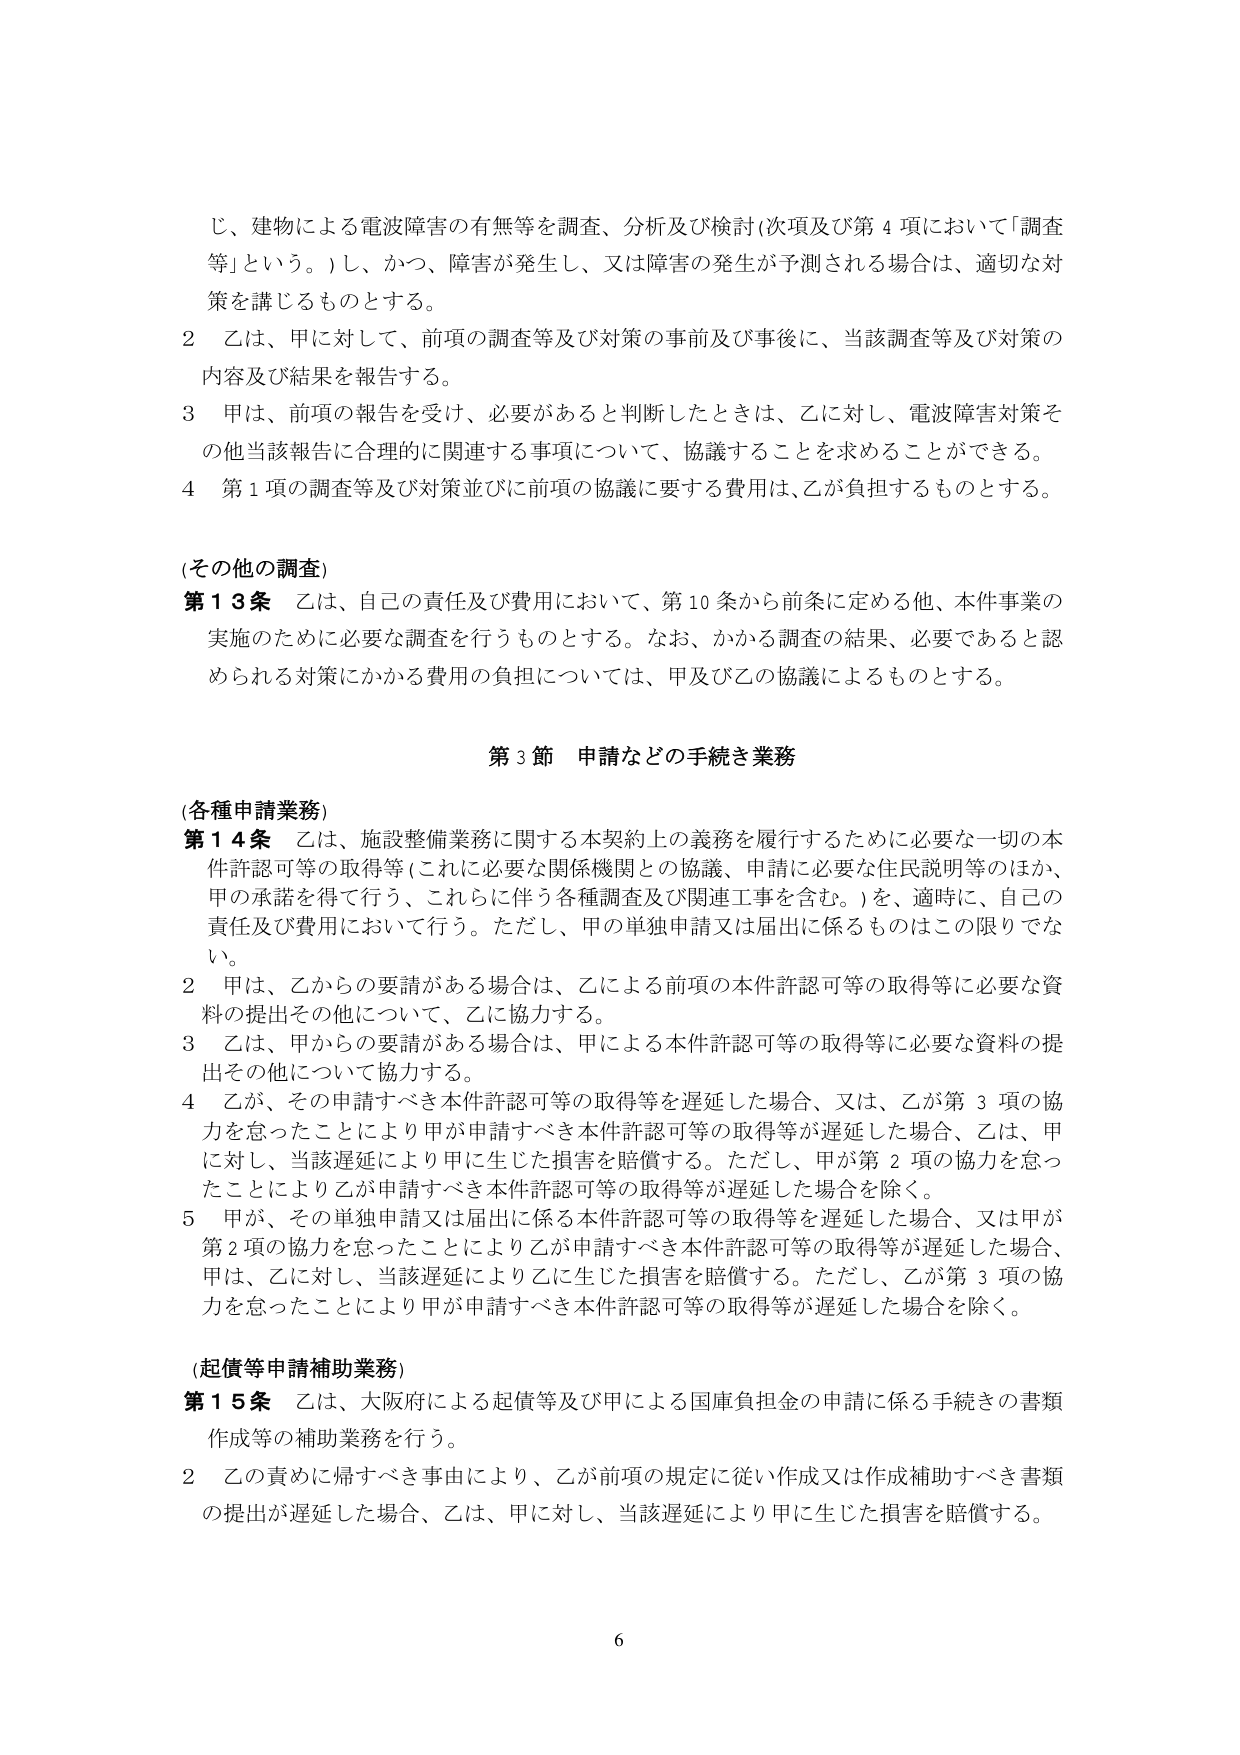
じ、建物による電波障害の有無等を調査、分析及び検討（次項及び第４項において「調査等」という。）し、かつ、障害が発生し、又は障害の発生が予測される場合は、適切な対策を講じるものとする。

２ 乙は、甲に対して、前項の調査等及び対策の事前及び事後に、当該調査等及び対策の内容及び結果を報告する。

３ 甲は、前項の報告を受け、必要があると判断したときは、乙に対し、電波障害対策その他当該報告に合理的に関連する事項について、協議することを求めることができる。

４ 第１項の調査等及び対策並びに前項の協議に要する費用は、乙が負担するものとする。

（その他の調査）

第１３条 乙は、自己の責任及び費用において、第１０条から前条に定める他、本件事業の実施のために必要な調査を行うものとする。なお、かかる調査の結果、必要であると認められる対策にかかる費用の負担については、甲及び乙の協議によるものとする。

第３節 申請などの手続き業務

（各種申請業務）

第１４条 乙は、施設整備業務に関する本契約上の義務を履行するために必要な一切の本件許認可等の取得等（これに必要な関係機関との協議、申請に必要な住民説明等のほか、甲の承諾を得て行う、これらに伴う各種調査及び関連工事を含む。）を、適時に、自己の責任及び費用において行う。ただし、甲の単独申請又は届出に係るものはこの限りでない。

２ 甲は、乙からの要請がある場合は、乙による前項の本件許認可等の取得等に必要な資料の提出その他について、乙に協力する。

３ 乙は、甲からの要請がある場合は、甲による本件許認可等の取得等に必要な資料の提出その他について協力する。

４ 乙が、その申請すべき本件許認可等の取得等を遅延した場合、又は、乙が第３項の協力を怠ったことにより甲が申請すべき本件許認可等の取得等が遅延した場合、乙は、甲に対し、当該遅延により甲に生じた損害を賠償する。ただし、甲が第２項の協力を怠ったことにより乙が申請すべき本件許認可等の取得等が遅延した場合を除く。

５ 甲が、その単独申請又は届出に係る本件許認可等の取得等を遅延した場合、又は甲が第２項の協力を怠ったことにより乙が申請すべき本件許認可等の取得等が遅延した場合、甲は、乙に対し、当該遅延により乙に生じた損害を賠償する。ただし、乙が第３項の協力を怠ったことにより甲が申請すべき本件許認可等の取得等が遅延した場合を除く。

（起債等申請補助業務）

第１５条 乙は、大阪府による起債等及び甲による国庫負担金の申請に係る手続きの書類作成等の補助業務を行う。

２ 乙の責めに帰すべき事由により、乙が前項の規定に従い作成又は作成補助すべき書類の提出が遅延した場合、乙は、甲に対し、当該遅延により甲に生じた損害を賠償する。

6